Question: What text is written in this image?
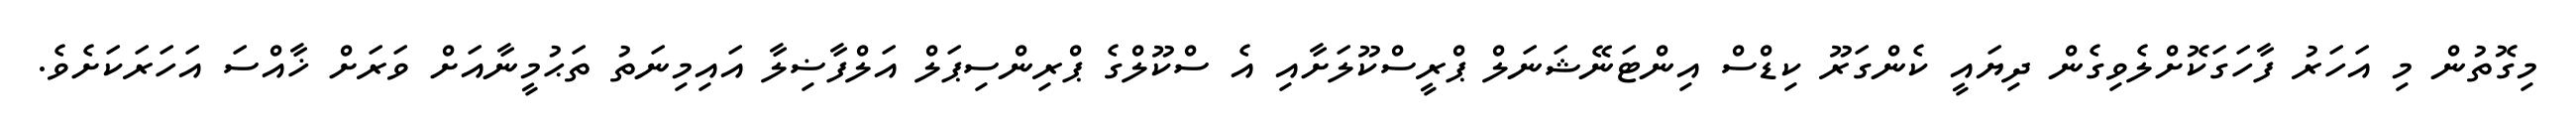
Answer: މިގޮތުން މި އަހަރު ފާހަގަކޮށްލެވިގެން ދިޔައީ ކެންގަރޫ ކިޑްސް އިންޓަނޭޝަނަލް ޕްރީސްކޫލަށާއި އެ ސްކޫލްގެ ޕްރިންސިޕަލް އަލްފާޟިލާ އައިމިނަތު ތަޙުމީނާއަށް ވަރަށް ޚާއްސަ އަހަރަކަށެވެ.